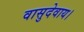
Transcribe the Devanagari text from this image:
वासुदेवाय।